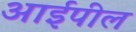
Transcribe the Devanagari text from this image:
आईपील